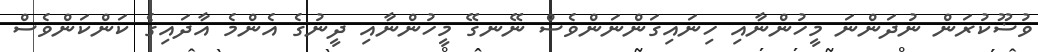
ވުޟޫކުރަން ނުދަންނަ މީހުންނާއި ހިނައިގަންނަންވެސް ނޭނގޭ މީހުންނާއި ދީނުގެ އެންމެ އާދައިގެ ކަންކަންވެސް